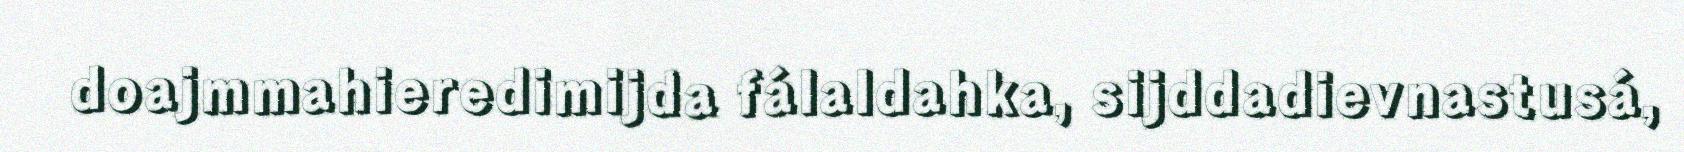
doajmmahieredimijda fálaldahka, sijddadievnastusá,